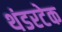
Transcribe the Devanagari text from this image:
थंडरटेक